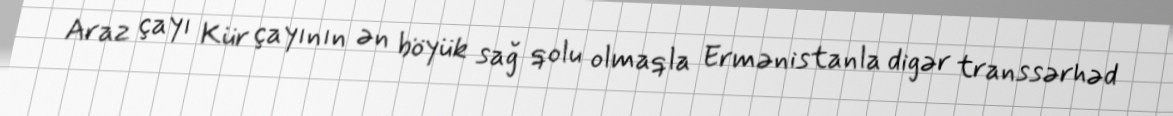
Araz çayı Kür çayının ən böyük sağ qolu olmaqla Ermənistanla digər transsərhəd